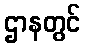
ဌာနတွင်